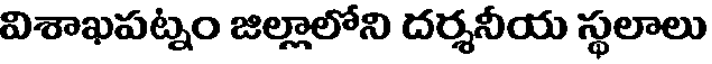
విశాఖపట్నం జిల్లాలోని దర్శనీయ స్థలాలు